Report on vaccination in Madras 1877-1894 - 1877-1894
Year: 1877
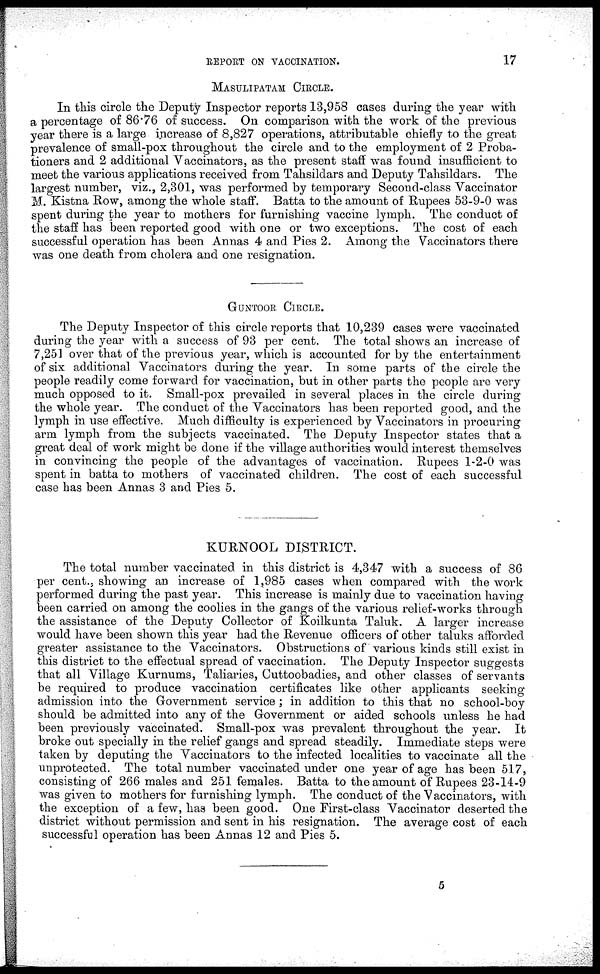
REPORT ON VACCINATION.
17
MASULIPATAM CIRCLE.
In this circle the Deputy Inspector reports 13,958 cases during the year with
a percentage of 86.76 of success. On comparison with the work of the previous
year there is a large increase of 8,827 operations, attributable chiefly to the great
prevalence of small-pox throughout the circle and to the employment of 2 Proba-
tioners and 2 additional Vaccinators, as the present staff was found insufficient to
meet the various applications received from Tahsildars and Deputy Tahsildars. The
largest number, viz., 2,301, was performed by temporary Second-class Vaccinator
M. Kistna Row, among the whole staff. Batta to the amount of Rupees 53-9-0 was
spent during the year to mothers for furnishing vaccine lymph. The conduct of
the staff has been reported good with one or two exceptions. The cost of each
successful operation has been Annas 4 and Pies 2. Among the Vaccinators there
was one death from cholera and one resignation.
GUNTOOR CIRCLE.
The Deputy Inspector of this circle reports that 10,239 cases were vaccinated
during the year with a success of 93 per cent. The total shows an increase of
7,251 over that of the previous year, which is accounted for by the entertainment
of six additional Vaccinators during the year. In some parts of the circle the
people readily come forward for vaccination, but in other parts the people are very
much opposed to it. Small-pox prevailed in several places in the circle during
the whole year. The conduct of the Vaccinators has been reported good, and the
lymph in use effective. Much difficulty is experienced by Vaccinators in procuring
arm lymph from the subjects vaccinated. The Deputy Inspector states that a
great deal of work might be done if the village authorities would interest themselves
in convincing the people of the advantages of vaccination. Rupees 1-2-0 was
spent in batta to mothers of vaccinated children. The cost of each successful
case has been Annas 3 and Pies 5.
KURNOOL DISTRICT.
The total number vaccinated in this district is 4,347 with a success of 86
per cent., showing an increase of 1,985 cases when compared with the work
performed during the past year. This increase is mainly due to vaccination having
been carried on among the coolies in the gangs of the various relief-works through
the assistance of the Deputy Collector of Koilkunta Taluk. A larger increase
would have been shown this year had the Revenue officers of other taluks afforded
greater assistance to the Vaccinators. Obstructions of various kinds still exist in
this district to the effectual spread of vaccination. The Deputy Inspector suggests
that all Village Kurnums, Taliaries, Cuttoobadies, and other classes of servants
be required to produce vaccination certificates like other applicants seeking
admission into the Government service; in addition to this that no school-boy
should be admitted into any of the Government or aided schools unless he had
been previously vaccinated. Small-pox was prevalent throughout the year. It
broke out specially in the relief gangs and spread steadily. Immediate steps were
taken by deputing the Vaccinators to the infected localities to vaccinate all the
unprotected. The total number vaccinated under one year of age has been 517,
consisting of 266 males and 251 females. Batta to the amount of Rupees 23-14-9
was given to mothers for furnishing lymph. The conduct of the Vaccinators, with
the exception of a few, has been good. One First-class Vaccinator deserted the
district without permission and sent in his resignation. The average cost of each
successful operation has been Annas 12 and Pies 5.
5